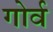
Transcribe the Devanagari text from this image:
गोर्व